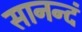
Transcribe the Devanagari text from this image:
सानन्दं